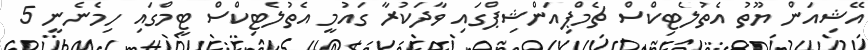
އޭޝިއަން ޔޫތު އެތުލެޓިކްސް ޗެމްޕިއަންޝިޕްގައި ވާދަކުރާ ގައުމީ އެތުލެޓިކްސް ޓީމްގައި ހިމެނެނީ 5